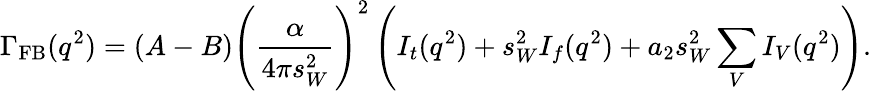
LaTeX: \displaystyle\Gamma_{\mathrm{FB}}(q^{2})=(A-B)\left(\frac\alpha{4\pi s_{W}^{2}}\right)^{2}\left(I_{t}(q^{2})+s_{W}^{2}I_{f}(q^{2})+a_{2}s_{W}^{2}\displaystyle\sum_{V}I_{V}(q^{2})\right).